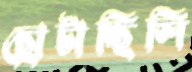
ছোটাচ্ছিলি